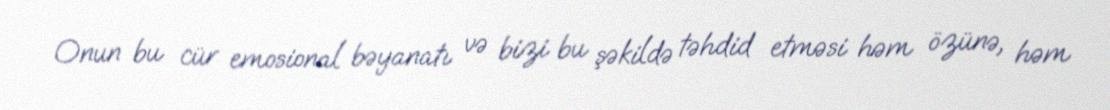
Onun bu cür emosional bəyanatı və bizi bu şəkildə təhdid etməsi həm özünə, həm